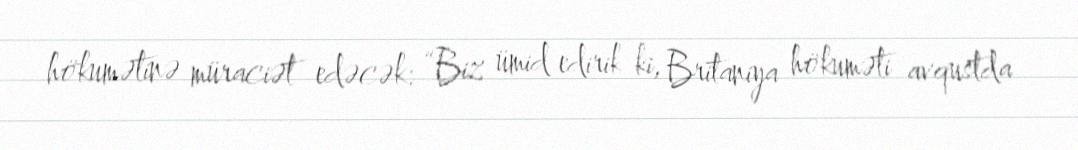
hökumətinə müraciət edəcək: “Biz ümid edirik ki, Britaniya hökuməti avqustda